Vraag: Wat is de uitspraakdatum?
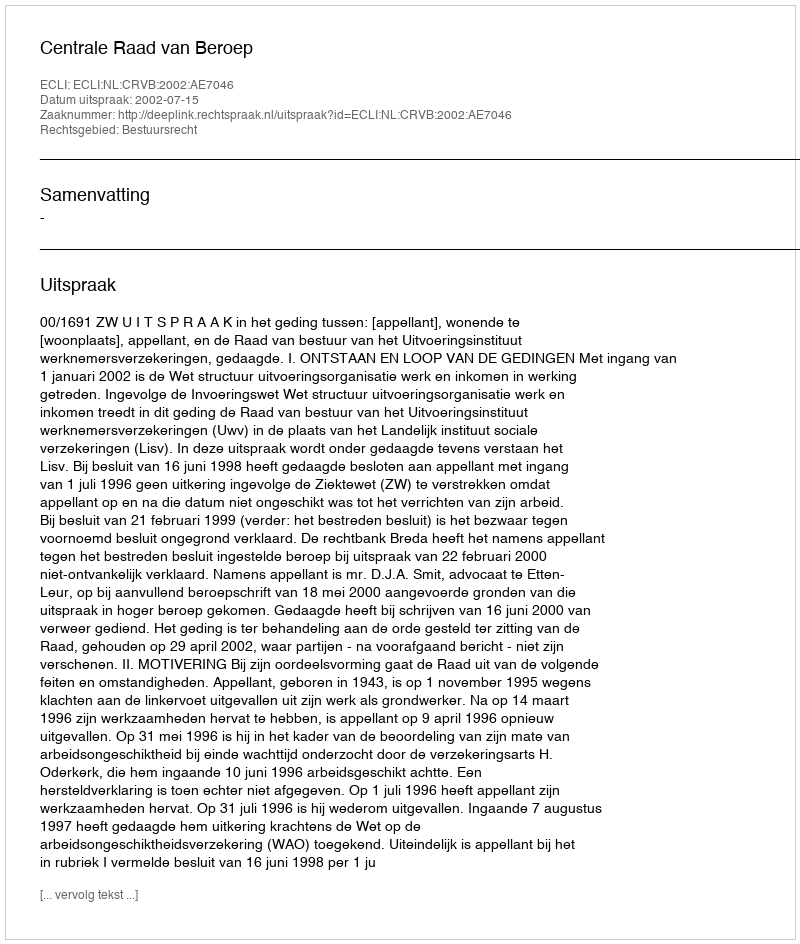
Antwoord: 2002-07-15